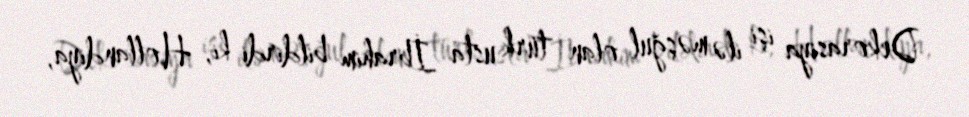
Dekorasiya işi ilə məşğul olan türk usta İbrahim bildirdi ki, Hollandiya,